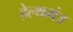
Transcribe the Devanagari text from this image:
हेल्थमंत्र